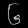
Digit: ၆